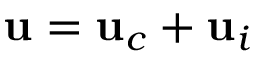
\mathbf { u } = \mathbf { u } _ { c } + \mathbf { u } _ { i }